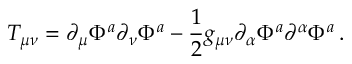
T _ { \mu \nu } = \partial _ { \mu } \Phi ^ { a } \partial _ { \nu } \Phi ^ { a } - { \frac { 1 } { 2 } } g _ { \mu \nu } \partial _ { \alpha } \Phi ^ { a } \partial ^ { \alpha } \Phi ^ { a } \, .